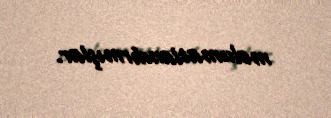
məlumatlandırmışlar.